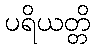
ပရိယတ္တိ